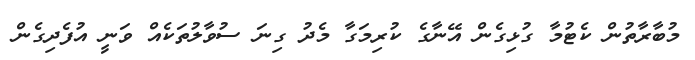
މުބާރާތުން ކެޓުމާ ގުޅިގެން އޭނާގެ ކުރިމަގާ މެދު ގިނަ ސުވާލުތަކެއް ވަނީ އުފެދިގެން